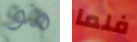
هو فلما